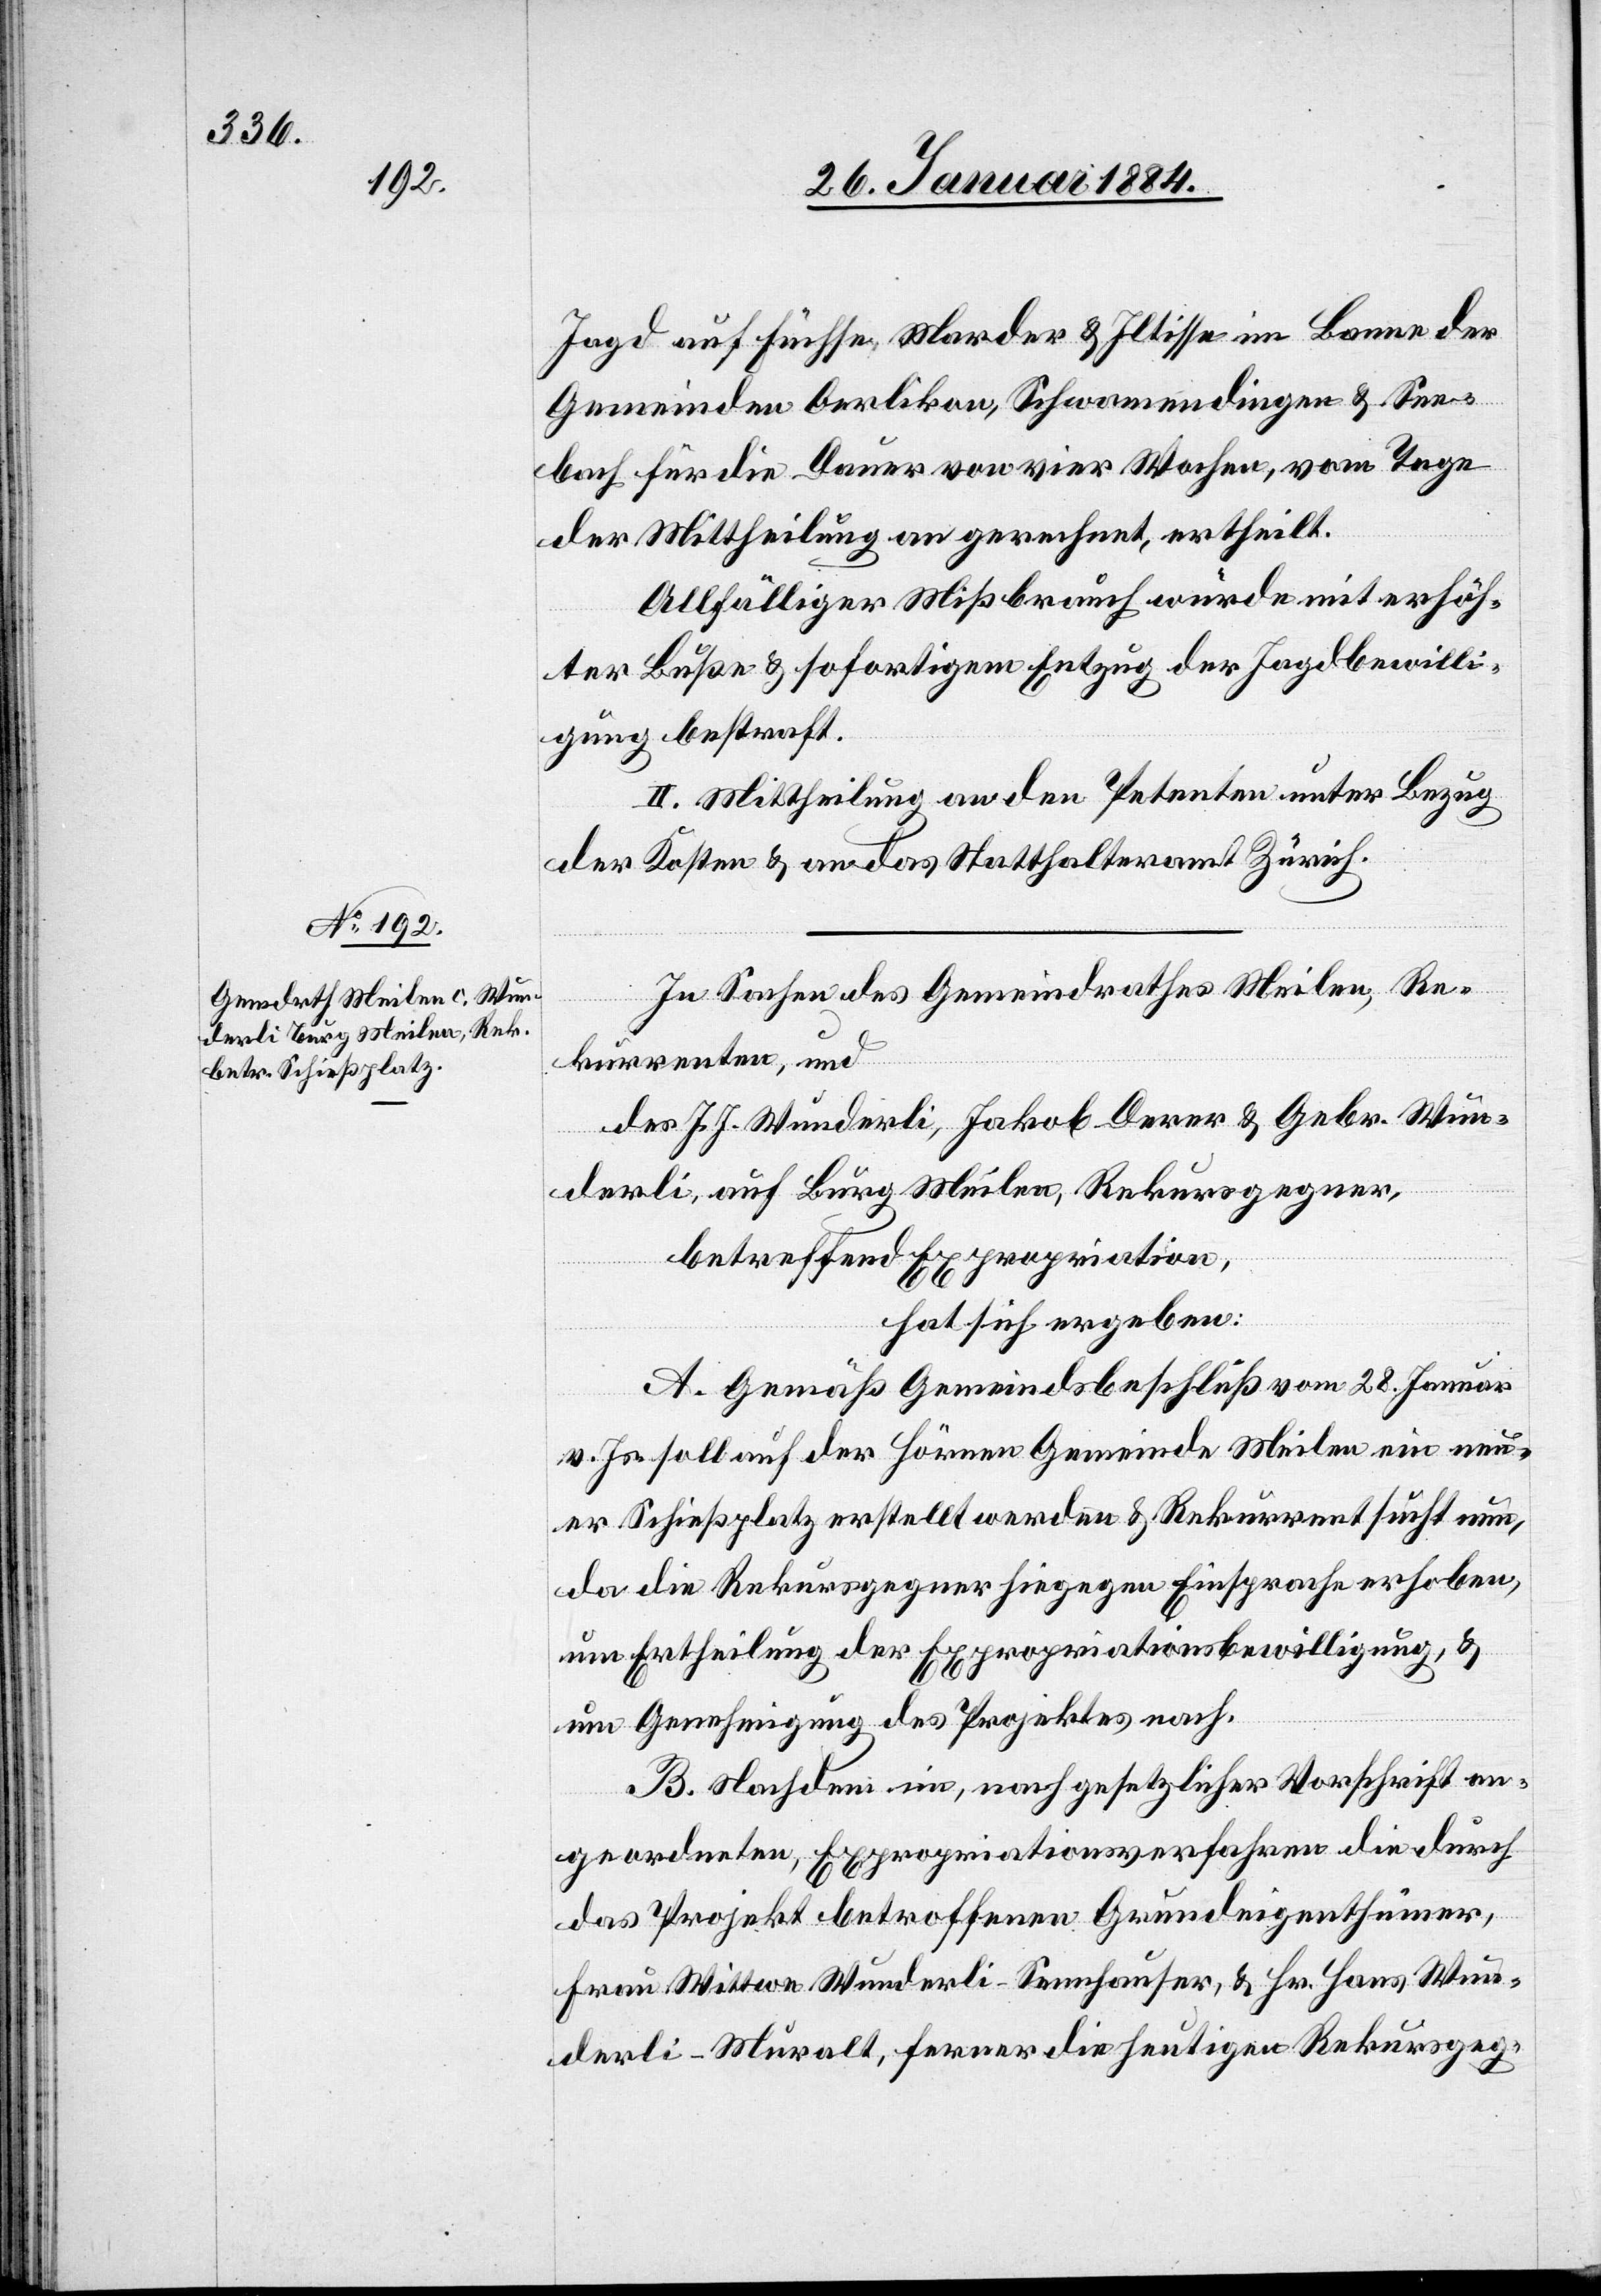
Jagd auf Füchse, Marder & Iltisse im Banne der
Gemeinden Oerlikon, Schwamendingen & See¬
bach für die Dauer von vier Wochen, vom Tage
der Mittheilung an gerechnet, ertheilt.
Allfälliger Mißbrauch würde mit erhöh¬
ter Buße & sofortigem Entzug der Jagdbewilli¬
gung bestraft.
II. Mittheilung an den Petenten unter Bezug
der Kosten & an das Statthalteramt Zürich.
In Sachen des Gemeindrathes Meilen, Re¬
kurrenten, und
des J. J. Wunderli, Jakob Derer & Gebr. Wun¬
derli, auf Burg Meilen, Rekursgegner,
betreffend Expropriation
hat sich ergeben:
A. Gemäß Gemeindsbeschluß vom 28. Januar
v. Js. soll auf der Hörnen Gemeinde Meilen ein neu¬
er Schießplatz erstellt werden & Rekurrent sucht nun,
da die Rekursgegner hiegegen Einsprachen erhoben,
um Ertheilung der Expropriationsbewilligung, &
um Genehmigung des Projektes nach.
B. Nachdem in, nach gesetzlicher Vorschrift an¬
geordneten, Expropriationsverfahren die durch
das Projekt betroffenen Grundeigenthümer,
Frau Wittwe Wunderli-Sennhauser, & Hr. Hans Wun¬
derli-Muralt, ferner die heutigen Rekursgeg-